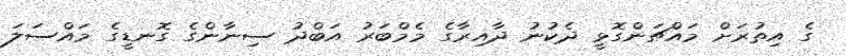
ގެ އިތުރަށް މައްޗަންގޮޅީ ދެކުނު ދާއިރާގެ މެމްބަރު އަބްދު ސިނާންގެ ގޮނޑީގެ މައްސަލަ